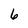
Character: 6